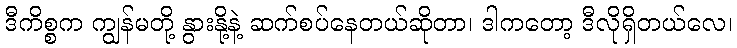
ဒီကိစ္စက ကျွန်မတို့ နွားနို့နဲ့ ဆက်စပ်နေတယ်ဆိုတာ၊ ဒါကတော့ ဒီလိုရှိတယ်လေ၊